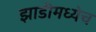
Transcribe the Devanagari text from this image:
झाडीमध्येच